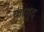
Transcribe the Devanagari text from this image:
कागूद